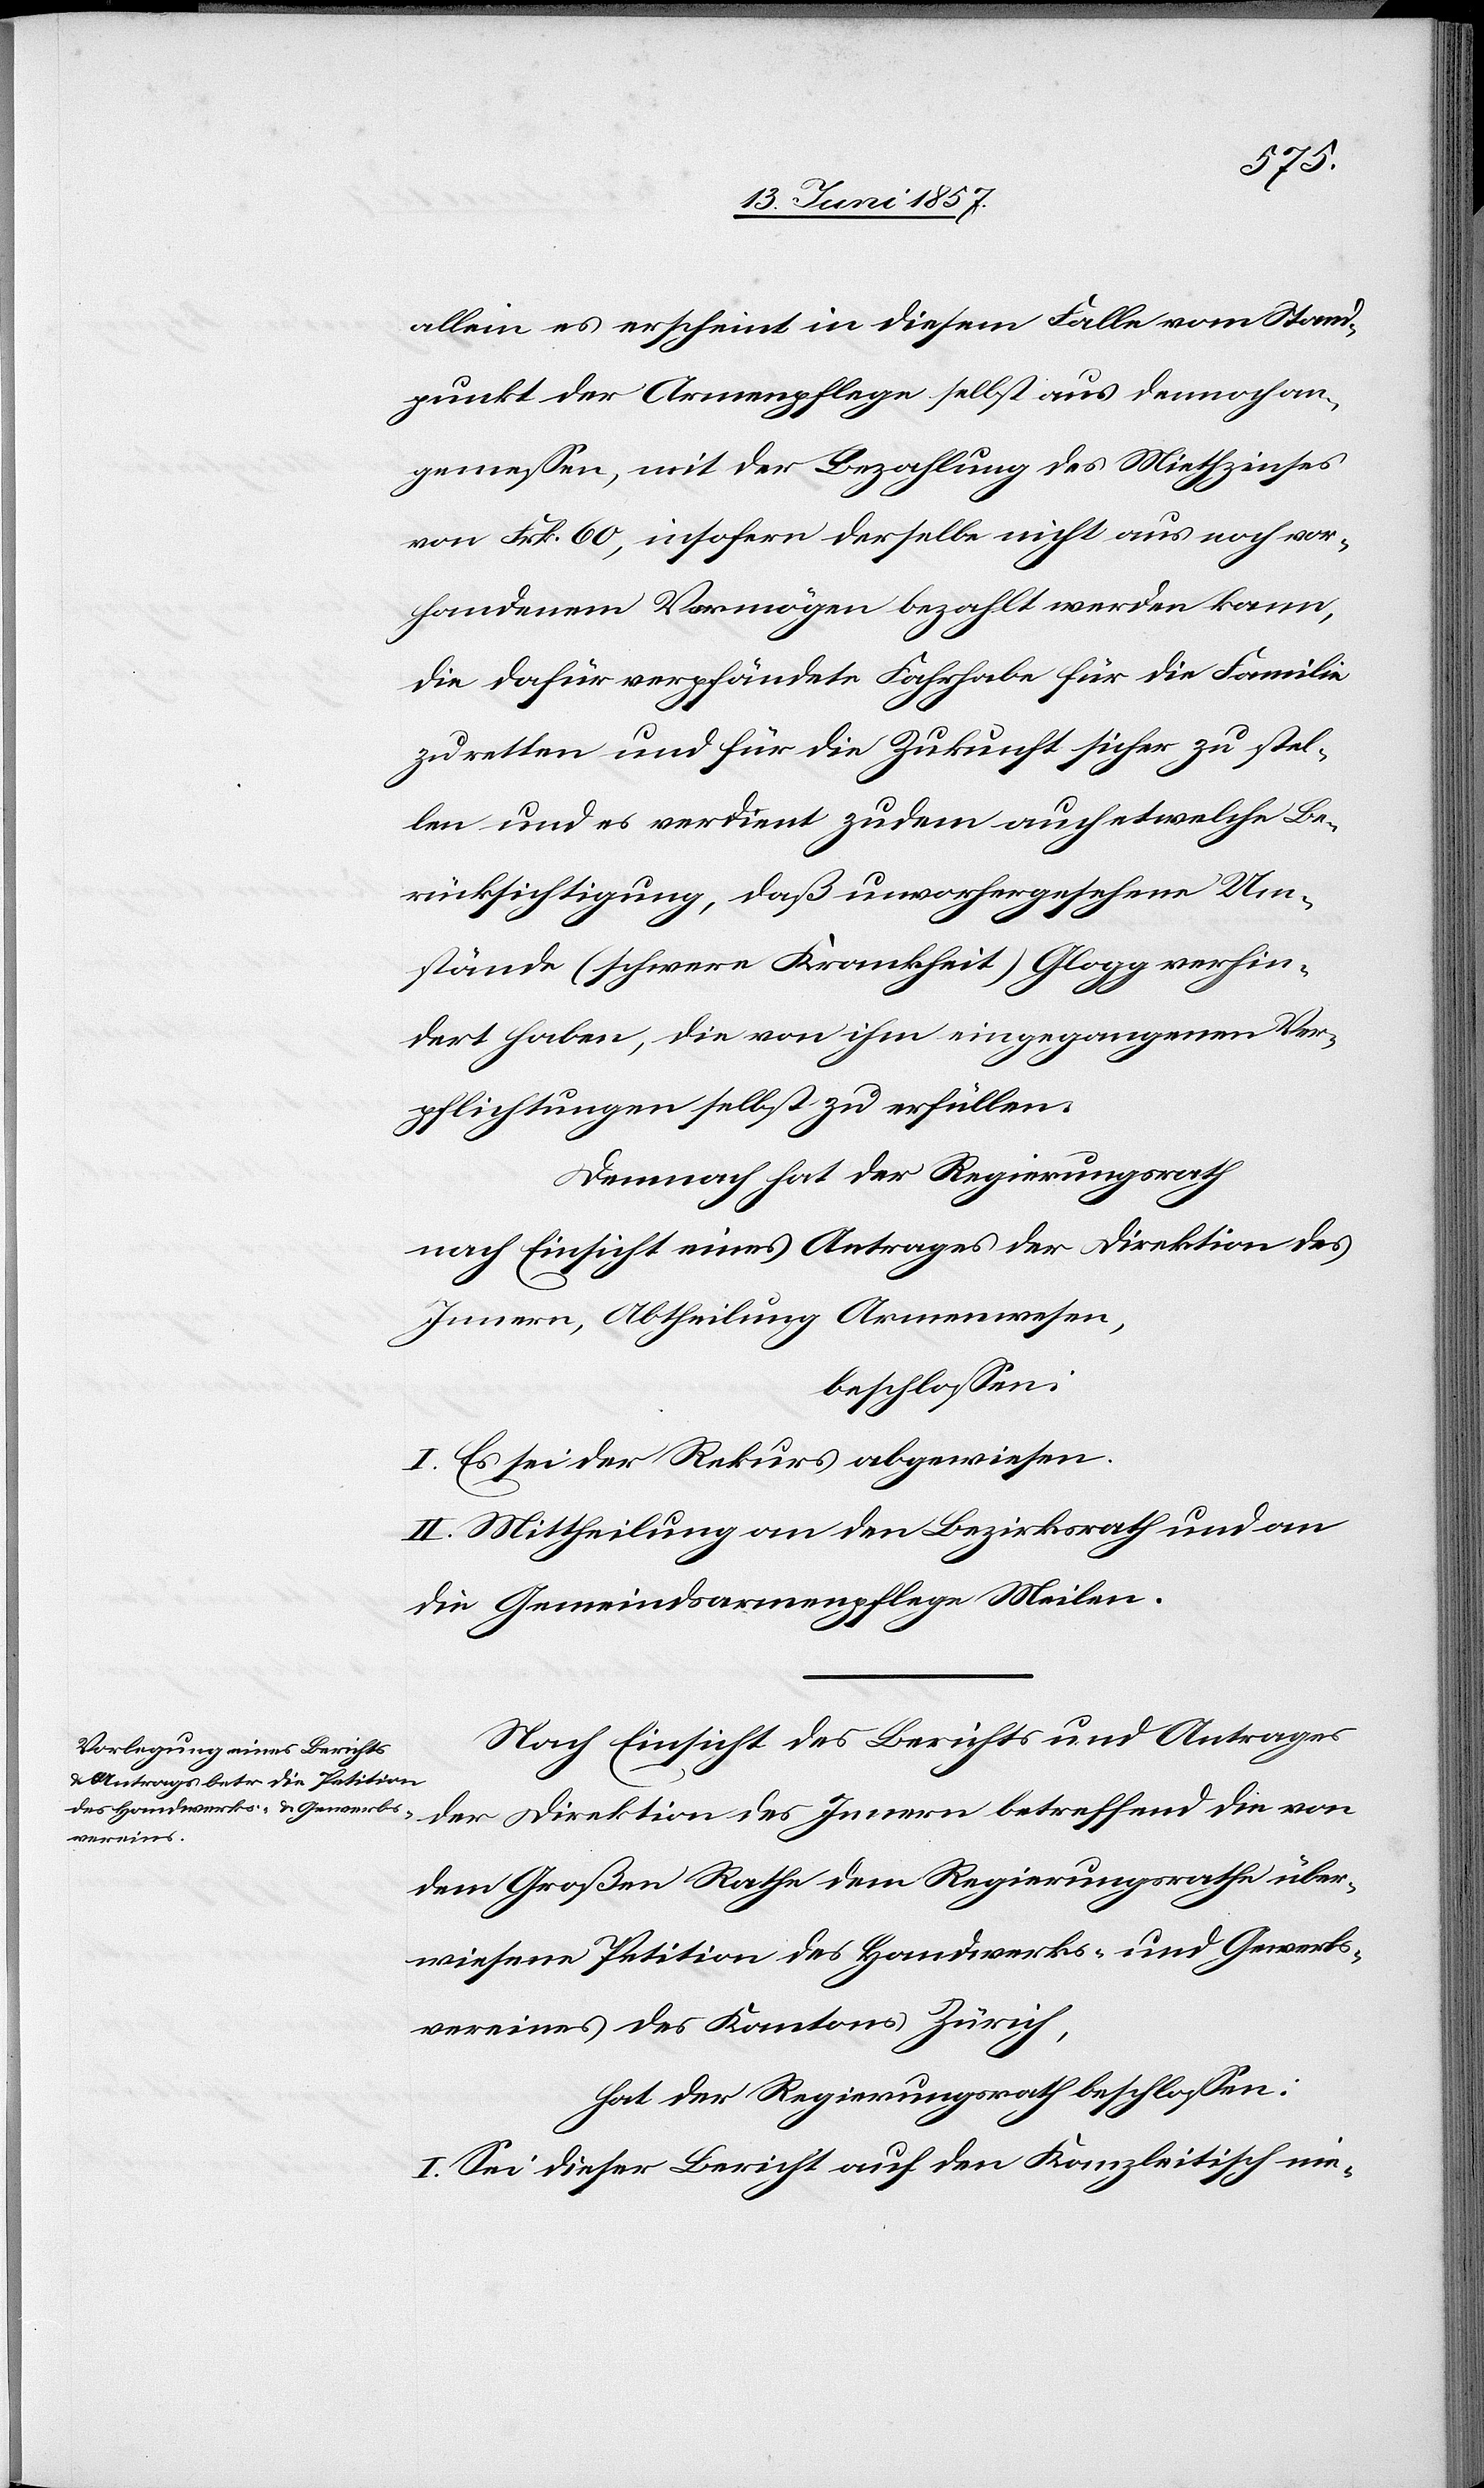
allein es erscheint in diesem Falle vom Stand¬
punkt der Armenpflege selbst aus dennoch an¬
gemessen, mit der Bezahlung des Miethzinses
von Frk. 60, insofern derselbe nicht aus noch vor¬
handenem Vermögen bezahlt werden kann,
die dafür verpfändete Fahrhabe für die Familie
zu retten und für die Zukunft sicher zu stel¬
len und es verdient zudem auch etwelche Be¬
rücksichtigung, daß unvorhergesehene Um¬
stände (schwere Krankheit) Glogg verhin¬
dert haben, die von ihm eingegangenen Ver¬
pflichtungen selbst zu erfüllen.
Demnach hat der Regierungsrath,
nach Einsicht eines Antrages der Direktion des
Innern, Abtheilung Armenwesen,
beschlossen:
I. Es sei der Rekurs abgewiesen.
II. Mittheilung an den Bezirksrath und an
die Gemeindsarmenpflege Meilen.
Nach Einsicht des Berichts und Antrages
der Direktion des Innern betreffend die von
dem Großen Rathe dem Regierungsrathe über¬
wiesene Petition des Handwerks- und Gewerbs¬
vereines des Kantons Zürich,
hat der Regierungsrath beschlossen:
I. Sei dieser Bericht auf den Kanzleitisch nie-